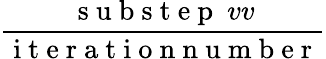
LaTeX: \frac{\mathrm{~s~u~b~s~t~e~p~}\ vv}{\mathrm{~i~t~e~r~a~t~i~o~n~n~u~m~b~e~r~}}